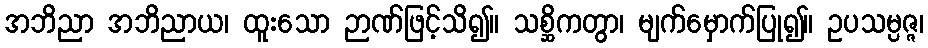
အဘိညာ အဘိညာယ၊ ထူးသော ဉာဏ်ဖြင့်သိ၍။ သစ္ဆိကတွာ၊ မျက်မှောက်ပြု၍။ ဥပသမ္ပဇ္ဇ၊